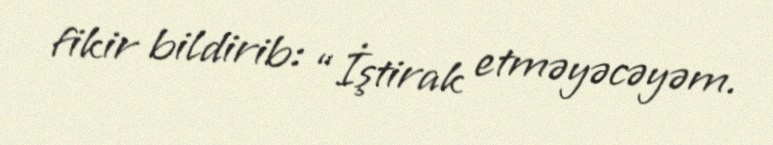
fikir bildirib: “İştirak etməyəcəyəm.